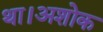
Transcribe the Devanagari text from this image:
था।अशोक